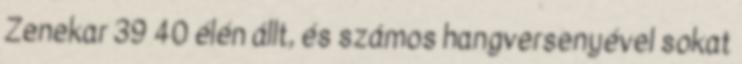
Zenekar 39 40 élén állt, és számos hangversenyével sokat